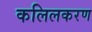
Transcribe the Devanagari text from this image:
कलिलकरण